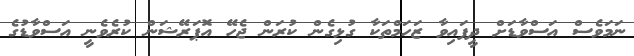
ނަމަވެސް އަސްވާޑަށް ދީފައިވާ ޒަހަމްތަކާ ގުޅިގެން ކުރަން ޖެހޭ އޮޕަރޭޝަން ކުރެވެނީ އަސްވާޑުގެ